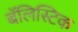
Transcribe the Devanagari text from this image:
बॅलिस्टिक